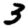
Digit: 3